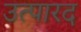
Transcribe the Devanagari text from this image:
उत्पारद